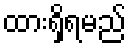
ထားရှိရမည်